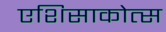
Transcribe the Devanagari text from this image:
एशिसाकोत्स